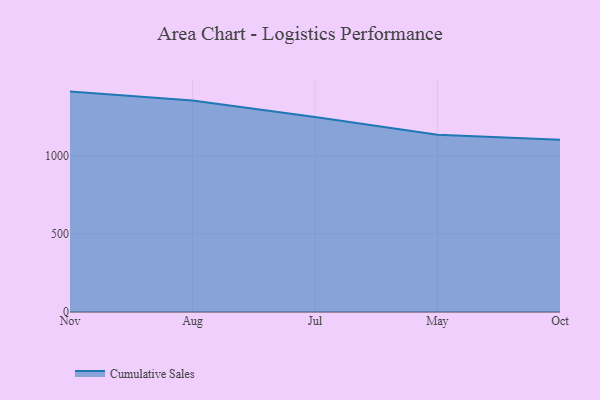
{"axis": {"x": "Month", "y": "Satisfaction Score"}, "legend": ["Cumulative Sales"], "data": [{"x": "Nov", "y": 1409.8, "type": "Cumulative Sales"}, {"x": "Aug", "y": 1353.2, "type": "Cumulative Sales"}, {"x": "Jul", "y": 1247.3, "type": "Cumulative Sales"}, {"x": "May", "y": 1133.9, "type": "Cumulative Sales"}, {"x": "Oct", "y": 1101.1, "type": "Cumulative Sales"}]}